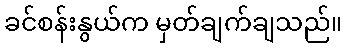
ခင်စန်းနွယ်က မှတ်ချက်ချသည်။